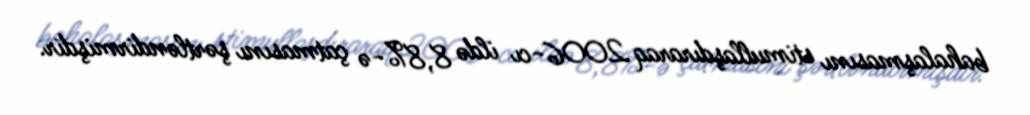
bahalaşmasını stimullaşdıraraq 2006-cı ildə 8,8%-ə çatmasını şərtləndirmişdir.